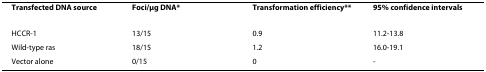
<table><thead><tr><td><b>Transfected DNA source</b></td><td><b>Foci/μg DNA*</b></td><td><b>Transformation efficiency**</b></td><td><b>95% confidence intervals</b></td></tr></thead><tbody><tr><td>HCCR-1</td><td>13/15</td><td>0.9</td><td>11.2-13.8</td></tr><tr><td>Wild-type ras</td><td>18/15</td><td>1.2</td><td>16.0-19.1</td></tr><tr><td>Vector alone</td><td>0/15</td><td>0</td><td>-</td></tr></tbody></table>